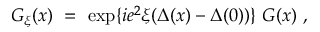
G _ { \xi } ( x ) \ = \ \exp \{ i e ^ { 2 } \xi ( \Delta ( x ) - \Delta ( 0 ) ) \} \ G ( x ) \ ,